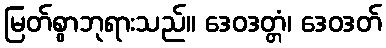
မြတ်စွာဘုရားသည်။ ဒေဝဒတ္တံ၊ ဒေဝဒတ်